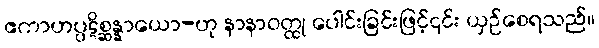
ဧကာဟပ္ပဋိစ္ဆန္နာယော-ဟု နာနာဝတ္ထု ပေါင်းခြင်းဖြင့်၎င်း ယှဉ်စေရသည်။